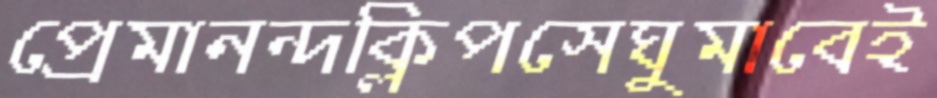
প্রেমানন্দক্লিপসেঘুমাবেই